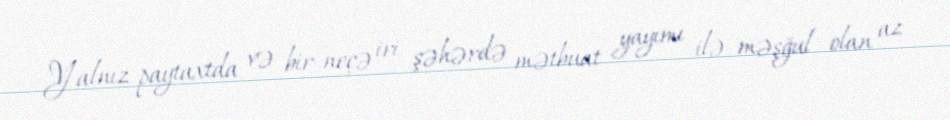
Yalnız paytaxtda və bir-neçə iri şəhərdə mətbuat yayımı ilə məşğul olan az